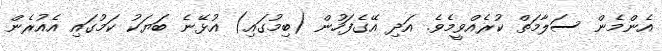
އެންމެން ސަލާމަތް ކުރެއްވީމެވެ. އަދި އޭގެފަހުން (ބިމުގައި) އުޅޭނެ ބަޔަކު ކަމުގައި އެއުރެން